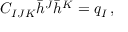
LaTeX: C _ { I J K } \bar { h } ^ { J } \bar { h } ^ { K } = q _ { I } \, ,